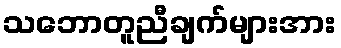
သဘောတူညီချက်များအား